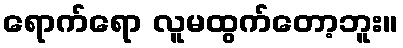
ရောက်ရော လူမထွက်တော့ဘူး။